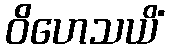
ဝိဟေသယိံ